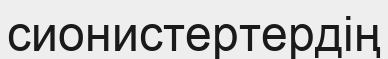
сионистертердің